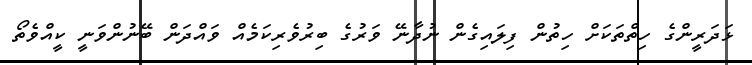
ޅަދަރީންގެ ހިތްތަކަށް ހިތުން ފިލައިގެން ނުދާނޭ ވަރުގެ ބިރުވެރިކަމެއް ވައްދަން ބޭނުންވަނީ ކީއްވެތޯ